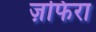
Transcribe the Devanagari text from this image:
ज़फिरा